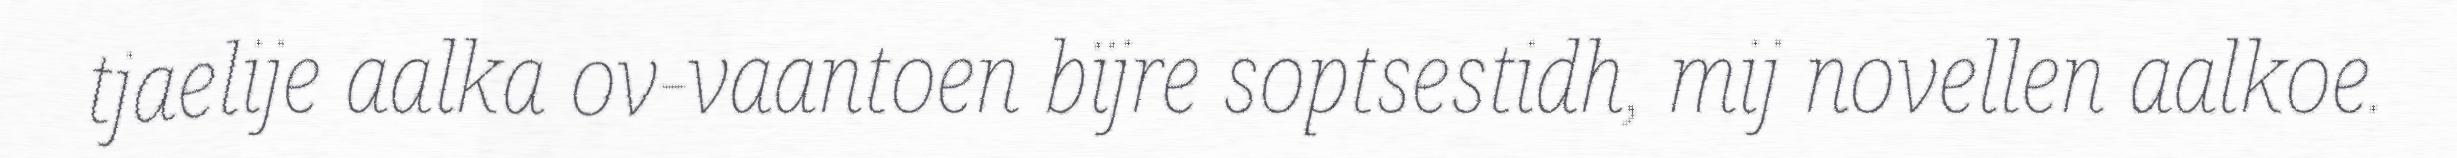
tjaelije aalka ov-vaantoen bïjre soptsestidh, mij novellen aalkoe.